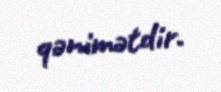
qənimətdir.